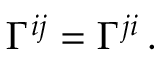
{ \Gamma ^ { i j } = \Gamma ^ { j i } \, . }